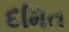
દમિત